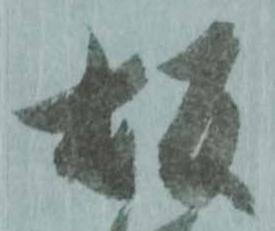
坂